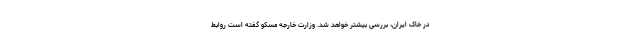
در خاک ایران، بررسی بیشتر خواهد شد. وزارت خارجه مسکو گفته است روابط